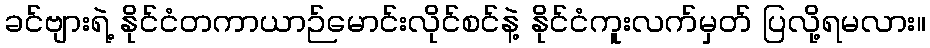
ခင်ဗျားရဲ့ နိုင်ငံတကာယာဉ်မောင်းလိုင်စင်နဲ့ နိုင်ငံကူးလက်မှတ် ပြလို့ရမလား။